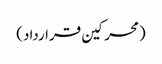
(محرکین قرارداد)